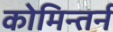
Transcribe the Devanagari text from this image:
कोमिन्तर्न